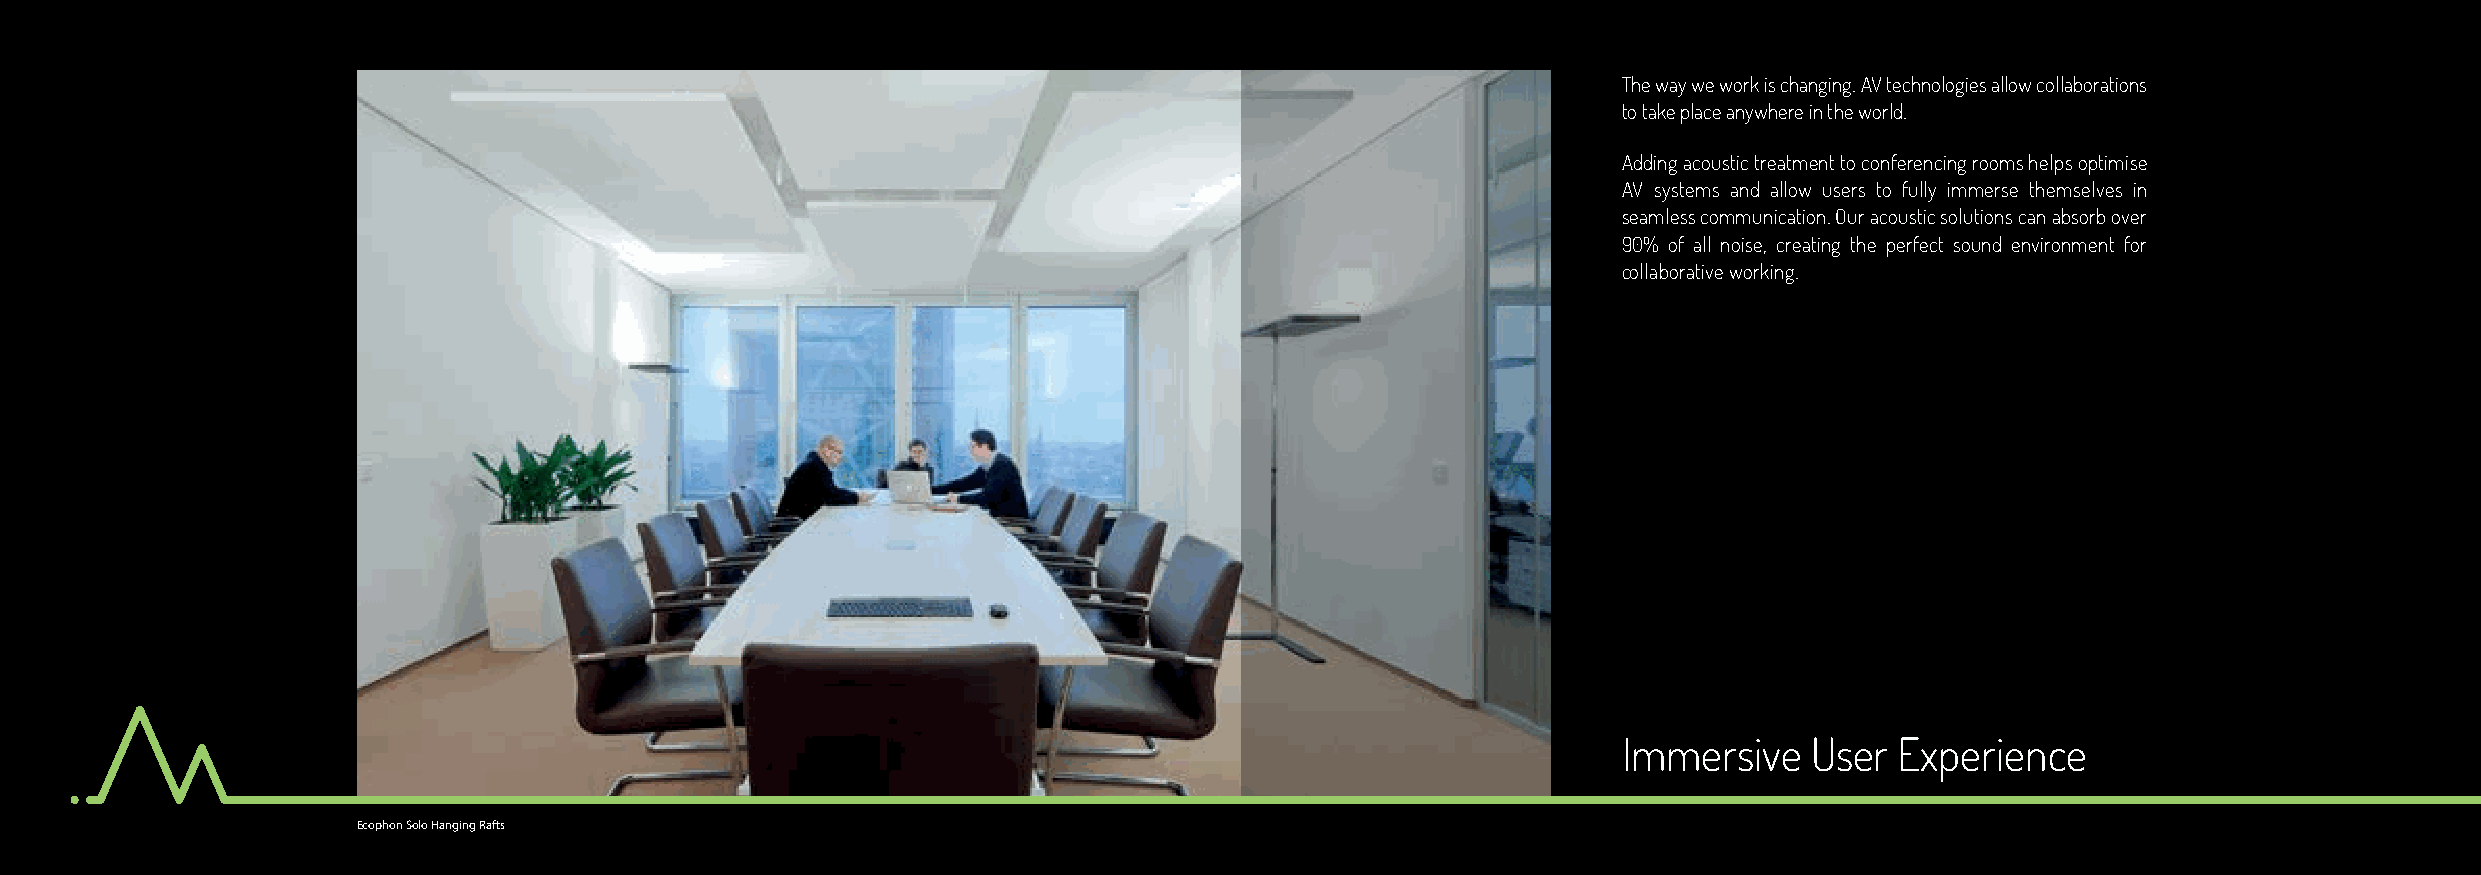
The way we work is changing. AV technologies allow collaborations
 to take place anywhere in the world.
 Adding acoustic treatment to conferencing rooms helps optimise
 AV systems and allow users to fully immerse themselves in
 seamless communication. Our acoustic solutions can absorb over
 90% of all noise, creating the perfect sound environment for
 collaborative working.
 Immersive    User  Experience
 Ecophon Solo Hanging Rafts